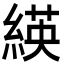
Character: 緓